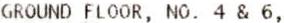
GROUND FLOOR, NO. 4 & 6,